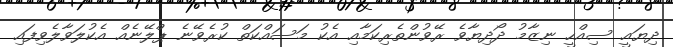
ދިޔައީ ސިއްހީ ނިޒާމު ދޯދިޔާވެ ރޭވުންތެރިކަމާއި އެކު މަސައްކަތް ކުރެވޭނެ ޕްލޭނެއް އެކުލަވާލެވިފައި